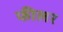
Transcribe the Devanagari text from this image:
फीलर